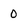
Character: 0